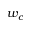
w _ { c }